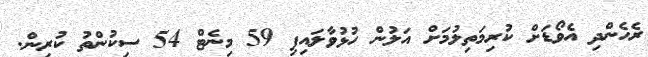
ރެހެންދި އެވޯޑަށް ކުރިމަތިލުމަށް އަލުން ހުޅުވާލައިފި 59 މިނެޓް 54 ސިކުންތު ކުރިން.